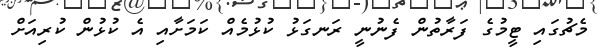
މެޗުގައި ޓީމުގެ ފަރާތުން ފެނުނީ ރަނގަޅު ކުޅުމެއް ކަމަށާއި އެ ކުޅުން ކުރިއަށް